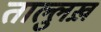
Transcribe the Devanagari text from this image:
ताल्लुख़